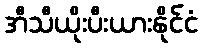
အီသီယိုးပီးယားနိုင်ငံ